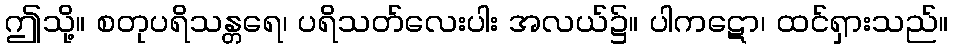
ဤသို့။ စတုပရိသန္တရေ၊ ပရိသတ်လေးပါး အလယ်၌။ ပါကဋော၊ ထင်ရှားသည်။